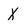
Character: x